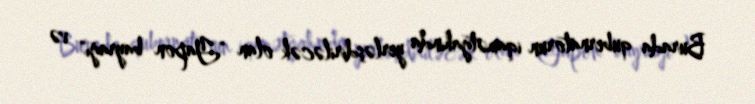
Burada qubernatorun iqamətgahında yerləşdiriləcək olan "Yapon bayrağı" və